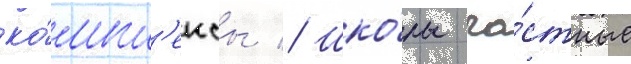
ко́мпл'ексы // Шко́лы ча́стные